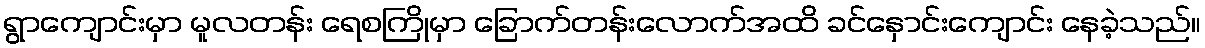
ရွာကျောင်းမှာ မူလတန်း ရေစကြိုမှာ ခြောက်တန်းလောက်အထိ ခင်နှောင်းကျောင်း နေခဲ့သည်။